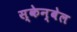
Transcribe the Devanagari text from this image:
स्केन्बेल